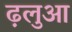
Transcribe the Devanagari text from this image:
ढ़लुआ